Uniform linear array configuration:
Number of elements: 24
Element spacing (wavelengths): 0.5
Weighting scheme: blackman
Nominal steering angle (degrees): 30
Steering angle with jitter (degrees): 31.092
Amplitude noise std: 0.05
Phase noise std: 0.05

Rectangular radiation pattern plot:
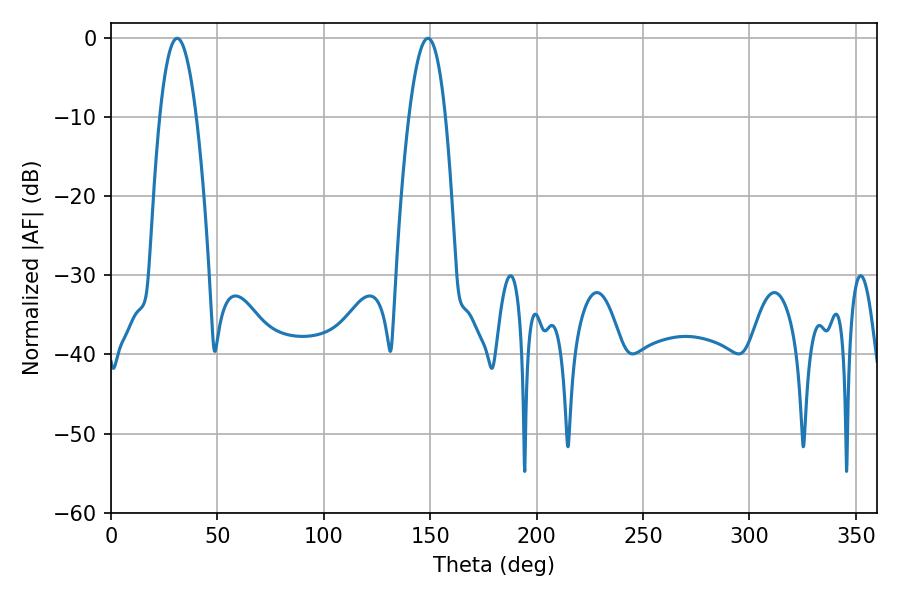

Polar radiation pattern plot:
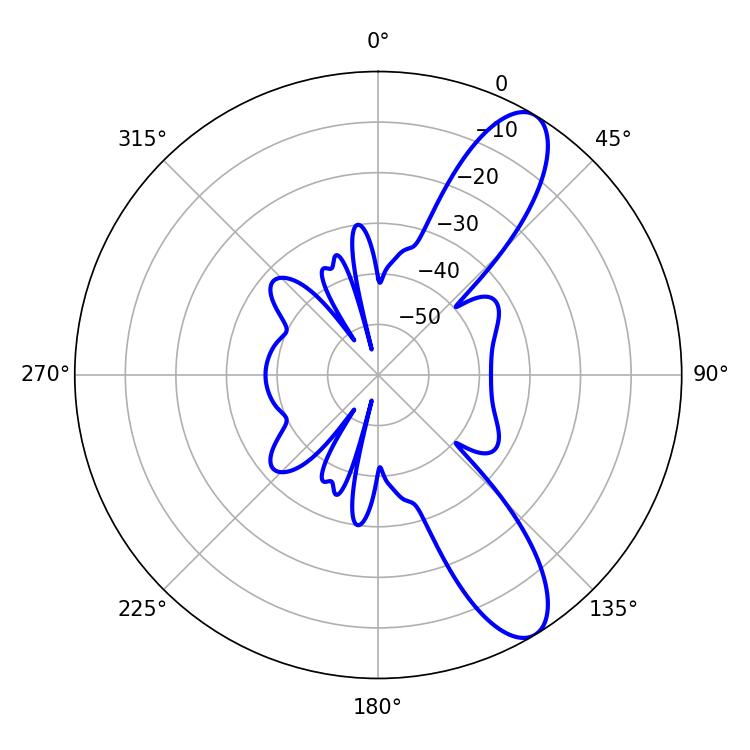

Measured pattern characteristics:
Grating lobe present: FALSE
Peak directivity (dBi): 10.364
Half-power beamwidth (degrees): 9.54
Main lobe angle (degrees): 31.14